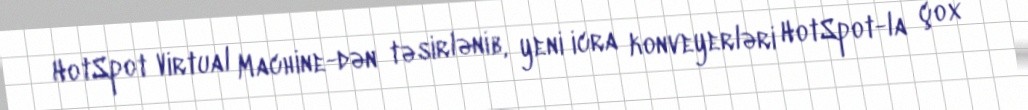
HotSpot Virtual Machine-dən təsirlənib, yeni icra konveyerləri HotSpot-la çox